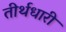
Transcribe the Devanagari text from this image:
तीर्थधारी